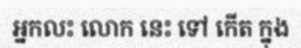
អ្នកលះ លោក នេះ ទៅ កើត ក្នុង